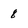
Character: 8